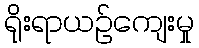
ရိုးရာယဉ်ကျေးမှု